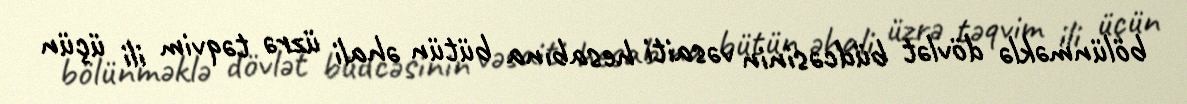
bölünməklə dövlət büdcəsinin vəsaiti hesabına bütün əhali üzrə təqvim ili üçün